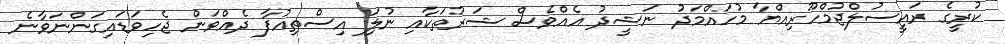
ކުރީގެ ރައީސުލްޖުމްހޫރިއްޔާ މުހައްމަދު ނަޝީދު އެއްވެސް ޝަރުތަކާއި ނުލަި އިސްތިއުފާ ދެއްވަން ޖެހިވަޑައިގަންނަވާނެ